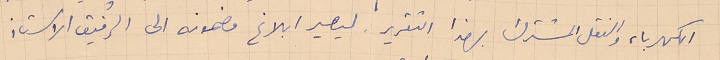
الكهرباء والنقل المشترك بهذا التقرير، ليصير ابلاغ مضمونه الى الرفيق الاستاذ